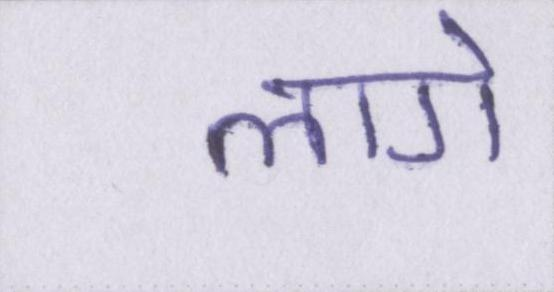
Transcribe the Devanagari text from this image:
लागे